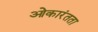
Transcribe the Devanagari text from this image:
ओकारंतता